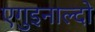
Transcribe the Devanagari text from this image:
एगुइनाल्दो